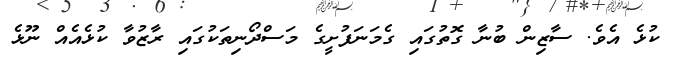
ކުޅެ އެވެ. ސާޒިން ބުނާ ގޮތުގައި ގެމަނަފުށީގެ މަސްދޯނިތަކުގައި ރާޒުވާ ކުޅެއެއް ނޫޅެ